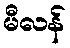
မီလန်